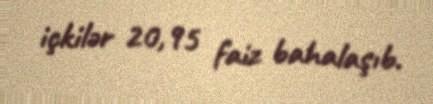
içkilər 20,95 faiz bahalaşıb.